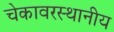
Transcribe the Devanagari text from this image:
चेकावरस्थानीय